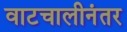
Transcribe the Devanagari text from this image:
वाटचालीनंतर